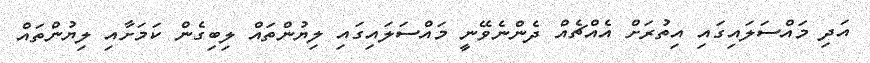
އަދި މައްސަލައިގައި އިތުރަށް އެއްޗެއް ދެންނެވޭނީ މައްސަލައިގައި ލިޔުންތައް ލިބިގެން ކަމަށާއި ލިޔުންތައް